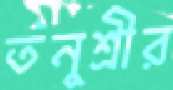
তনুশ্রীর